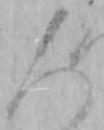
人